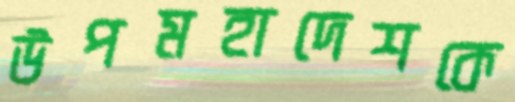
উপমহাদেশকে